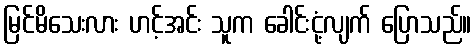
မြင်မိသေးလား ဟင့်အင်း သူက ခေါင်းငုံ့လျက် ပြောသည်။